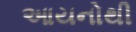
આયનોથી